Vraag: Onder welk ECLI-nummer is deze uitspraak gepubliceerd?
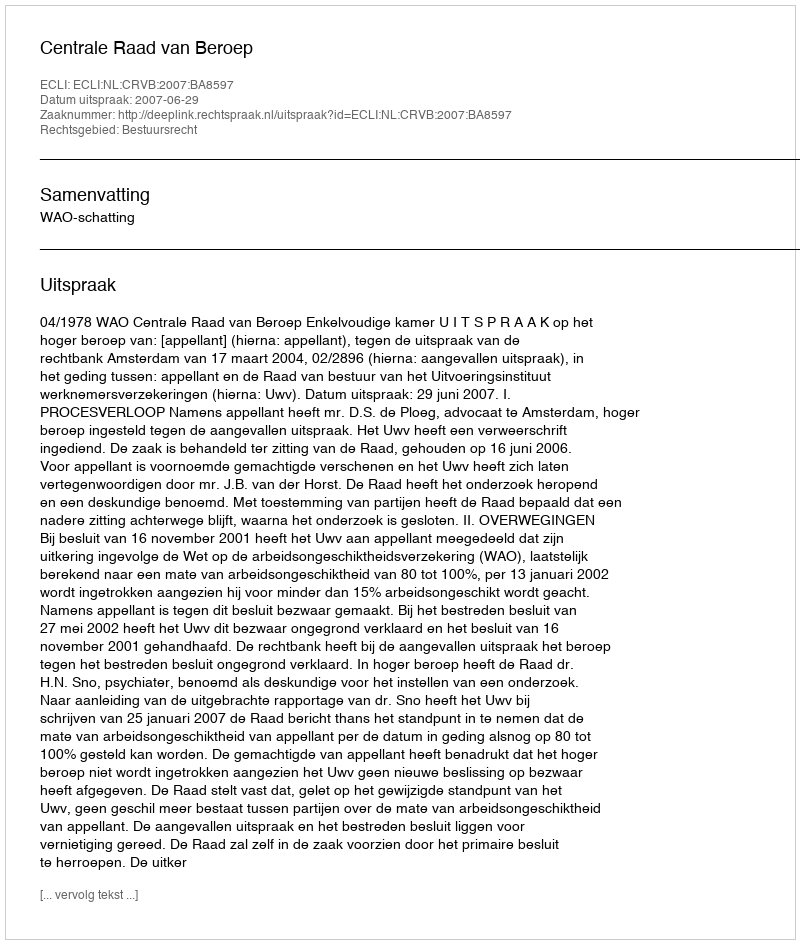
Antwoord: ECLI:NL:CRVB:2007:BA8597